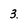
Character: 3